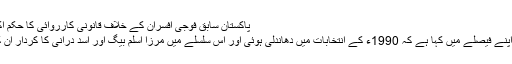
پاکستان سابق فوجی افسران کے خلاف قانونی کارروائی کا حکم اکتوبر 19, 2012
سپریم کورٹ نے اپنے فیصلے میں کہا ہے کہ 1990ء کے انتخابات میں دھاندلی ہوئی اور اس سلسلے میں مرزا اسلم بیگ اور اسد درانی کا کردار ان کا انفرادی فعل تھا۔